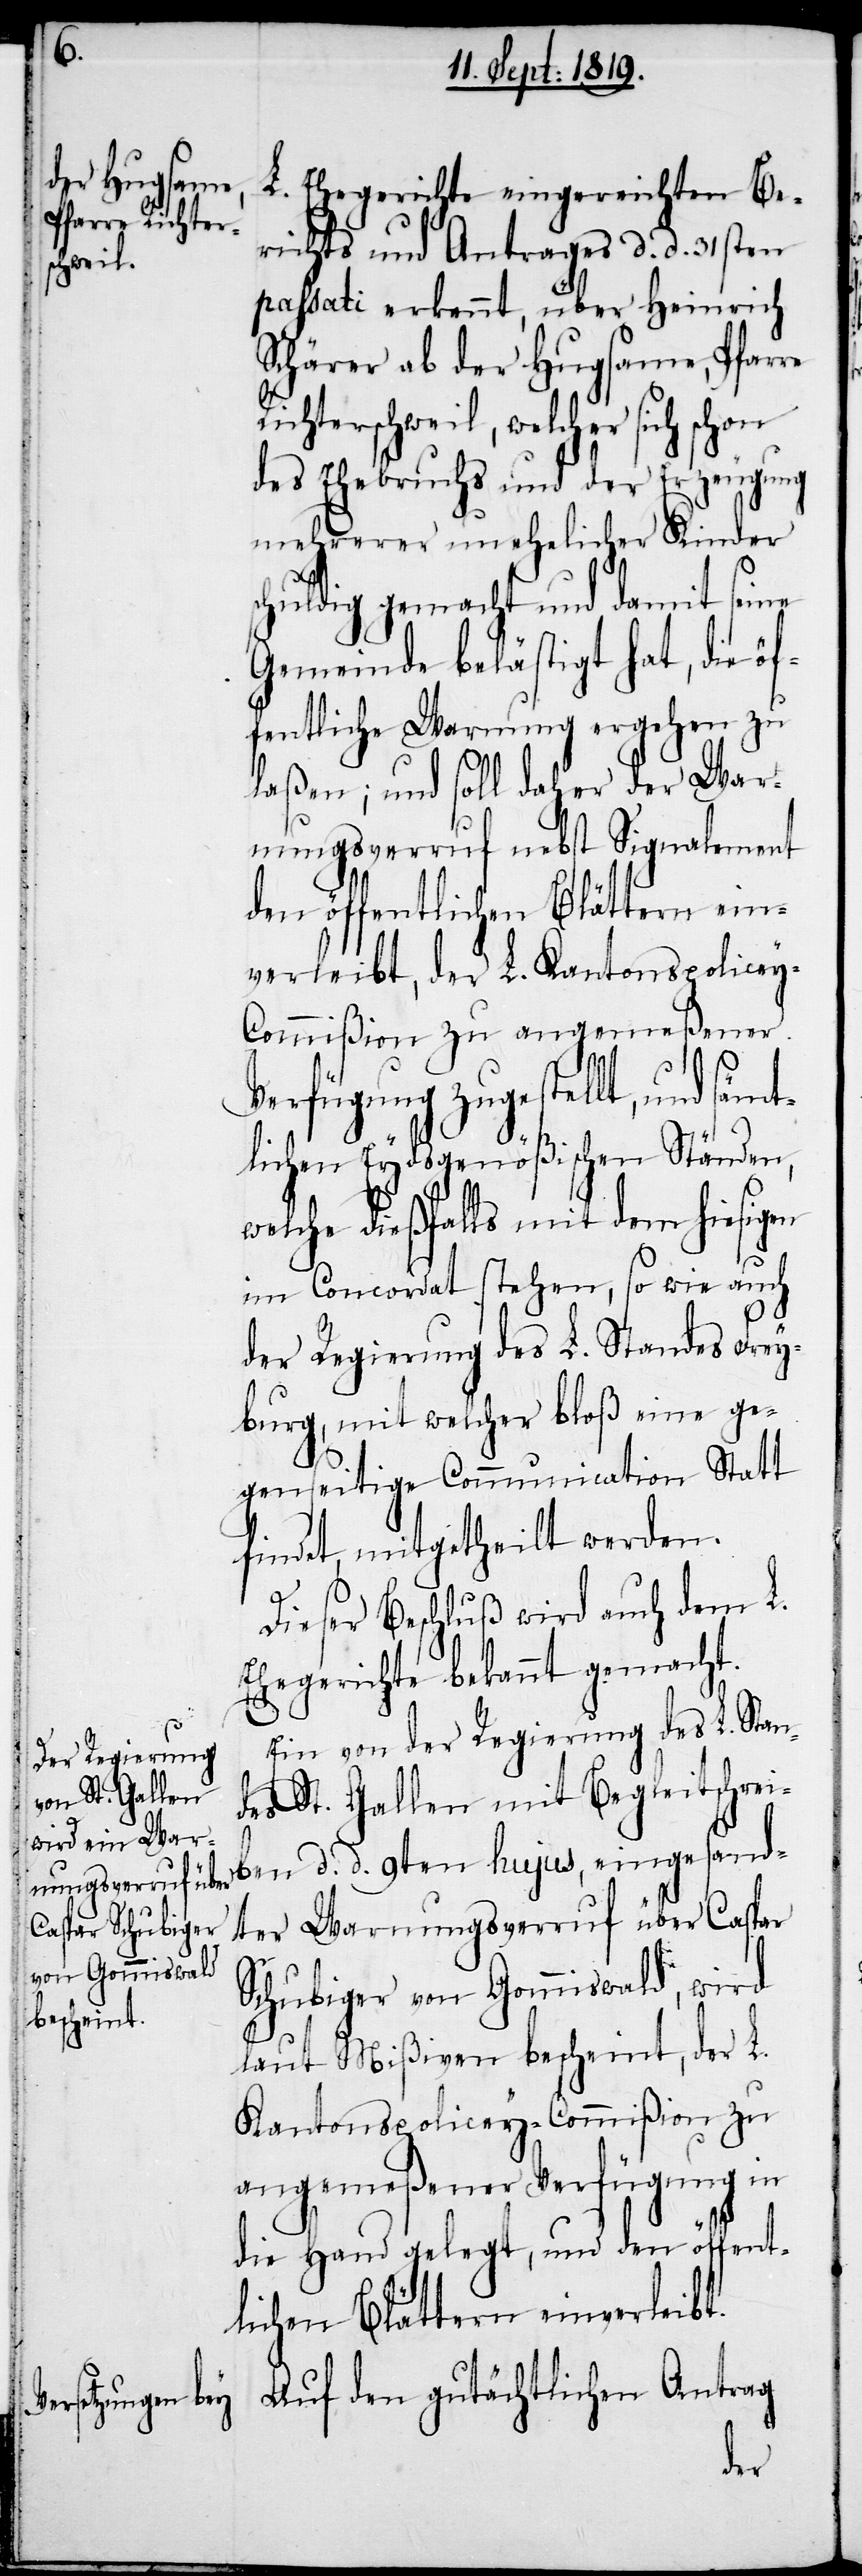
mt¬

L. Ehegerichte eingereichten Be¬
richts und Antrages d. d. 31sten
passati erkennt, über Heinrich
Schärer ab der Hugsame, Pfarre
Richterschweil, welcher sich schon
des Ehebruchs und der Erzeugung
mehrerer unehelicher Kinder
huldig gemacht und damit seine
Gemeinde belästigt hat, die ö¬
fentliche Warnung ergehen zu
laßen; und soll daher der War¬
nungsverruf nebst Signalement
den öffentlichen Blättern ein¬
verleibt, der L. Kantonspolicey-C¬
ommißion zu angemeßener
Verfügung zugestellt, und sä¬
lichen Eydsgenößischen Ständen,
welche dießfalls mit dem hiesigen
im Concordat stehen, so wie auch
der Regierung des L. Standes Frey¬
burg, mit welcher bloß eine ge¬
genseitige Communication Statt
findet, mitgetheilt werden.
Dieser Beschluß wird auch dem L.
Ehegerichte bekannt gemacht.
Ein von der Regierung des L. Stan¬
des St. Gallen mit Begleitschrei¬
ben d. d. 9ten hujus, eingesand¬
ter Warnungsverruf über Caspar
Schubiger von Gommiswald, wird
laut Mißiven bescheint, der L.
Kantonspolicey-Commißion zu
angemeßener Verfügung in
die Hand gelegt, und den öffent¬
lichen Blättern einverleibt.
Auf den gutächtlichen Antrag